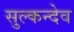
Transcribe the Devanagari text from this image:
सुल्कन्देव